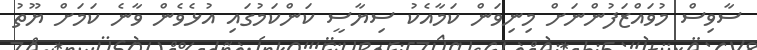
ސާވިސް މުވައްޒަފުންނަށް މިނިވަން ކަމާއެކު ސިޔާސީ ކަންކަމުގައި އުޅެވެން ވާނެ ކަމަށް ޔޫތު